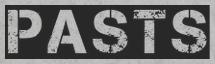
PASTS